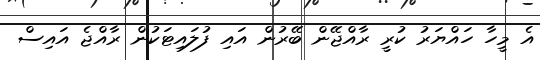
އެ މީހާ ހައްޔަރު ކުރީ ރާއްޖޭން ބޭރުން އައި ފުލައިޓަކުން ރާއްޖެ އައިސް